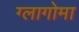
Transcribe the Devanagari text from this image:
ग्लागोमा